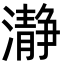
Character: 瀞